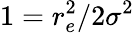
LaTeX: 1=r_{e}^{2}/2\sigma^{2}